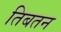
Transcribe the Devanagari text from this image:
तिबतन